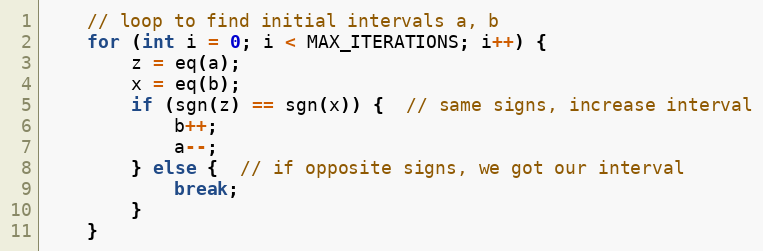
Language: C++
    // loop to find initial intervals a, b
    for (int i = 0; i < MAX_ITERATIONS; i++) {
        z = eq(a);
        x = eq(b);
        if (sgn(z) == sgn(x)) {  // same signs, increase interval
            b++;
            a--;
        } else {  // if opposite signs, we got our interval
            break;
        }
    }